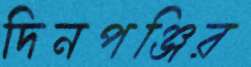
দিনপঞ্জির